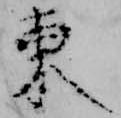
東